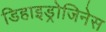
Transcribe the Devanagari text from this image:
डिहाइड्रोजिनेस